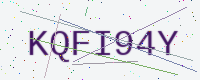
Text: KQFI94Y